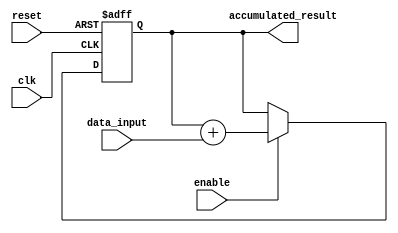
module accumulator (
    input wire clk,
    input wire reset,
    input wire enable,
    input wire [7:0] data_input,
    output reg [15:0] accumulated_result
);

reg [15:0] accumulator_reg;

always @(posedge clk or posedge reset) begin
    if (reset) begin
        accumulator_reg <= 16'h0000;
    end else if (enable) begin
        accumulator_reg <= accumulator_reg + data_input;
    end
end

assign accumulated_result = accumulator_reg;

endmodule